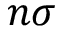
n \sigma